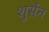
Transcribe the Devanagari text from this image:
शुर्सेन